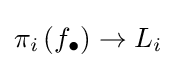
\pi _{i}\left(f_{\bullet }\right)\to L_{i}